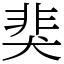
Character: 猆